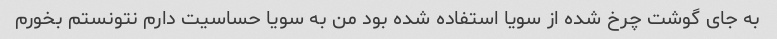
به جای گوشت چرخ شده از سویا استفاده شده بود من به سویا حساسیت دارم نتونستم بخورم